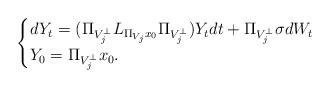
LaTeX: \begin{align*}\begin{cases}dY_t = (\Pi_{V_j^\perp} L_{\Pi_{V_j}x_0} \Pi_{V_j^\perp}) Y_tdt + \Pi_{V_j^\perp}\sigma dW_t \\ Y_0 = \Pi_{V_j^\perp}x_0.\end{cases}\end{align*}